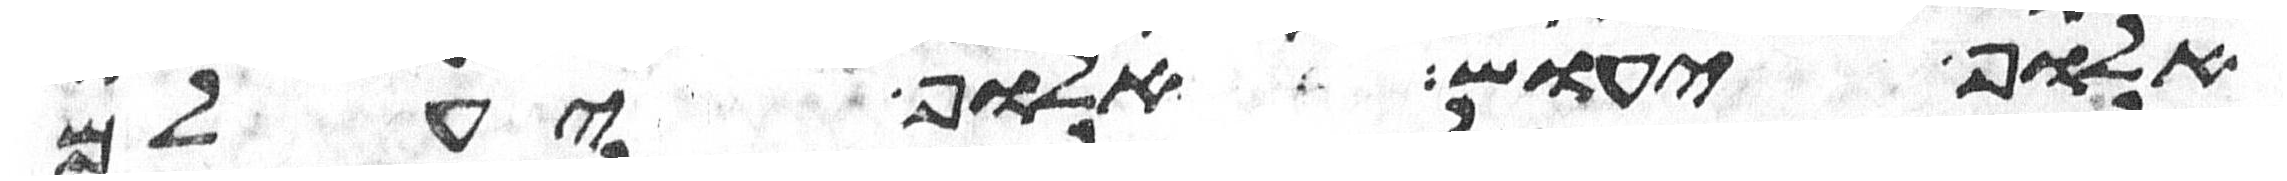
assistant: אלוף יעוש אלוף יעלם